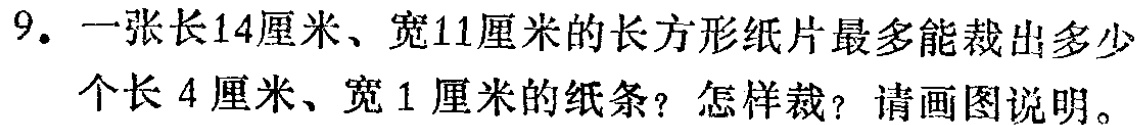
9. 一张长14厘米、宽11厘米的长方形纸片最多能裁出多少个长4厘米、宽1厘米的纸条？怎样裁？请画图说明。